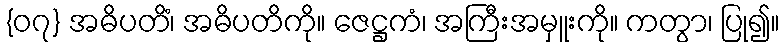
{၀၇} အဓိပတိံ၊ အဓိပတိကို။ ဇေဋ္ဌကံ၊ အကြီးအမှူးကို။ ကတွာ၊ ပြု၍။